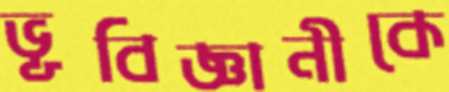
ভূবিজ্ঞানীকে